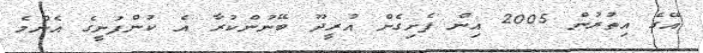
އޭގެ އިތުރުން 2005 އިން ފެށިގެން އުރީދޫ ބޭނުންކުރާ އެ ކުންފުނީގެ އެންމެ